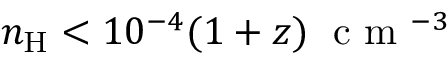
n _ { \mathrm { H } } < 1 0 ^ { - 4 } ( 1 + z ) \; \mathrm { ~ c ~ m ~ } ^ { - 3 }